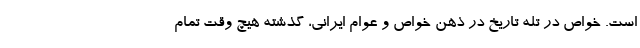
است. خواص در تله تاریخ در ذهن خواص و عوام ایرانی، گذشته هیچ وقت تمام